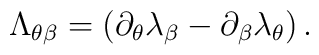
\Lambda _{\theta \beta }=\left( \partial _{\theta }\lambda_{\beta }-\partial _{\beta }\lambda _{\theta }\right).